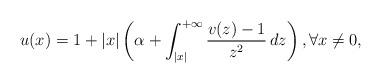
LaTeX: \begin{align*}u(x) = 1+|x|\left( \alpha + \int_{|x|}^{+\infty} \frac{v(z)-1}{z^2} \,dz\right), \forall x\neq 0,\end{align*}